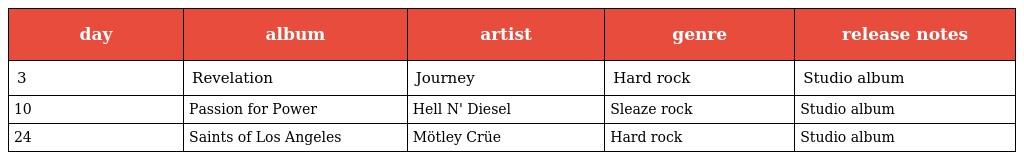
| day | album | artist | genre | release notes |
 | --- | --- | --- | --- | --- |
 | 3 | Revelation | Journey | Hard rock | Studio album |
 | 10 | Passion for Power | Hell N' Diesel | Sleaze rock | Studio album |
 | 24 | Saints of Los Angeles | Mötley Crüe | Hard rock | Studio album |